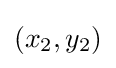
(x_{2},y_{2})